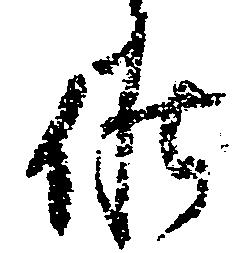
候